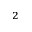
{ ^ 2 }